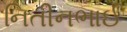
નિતીનભાઈ